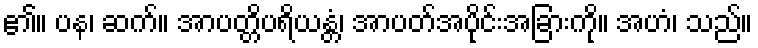
၏။ ပန၊ ဆက်။ အာပတ္တိပရိယန္တံ၊ အာပတ်အပိုင်းအခြားကို။ အဟံ၊ သည်။